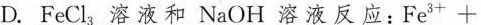
D.FeCl_{3}溶液和NaOH溶液反应：$$Fe_{3+}+